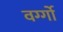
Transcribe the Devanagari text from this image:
वर्ग्गो